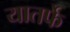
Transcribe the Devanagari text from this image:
यातर्फे